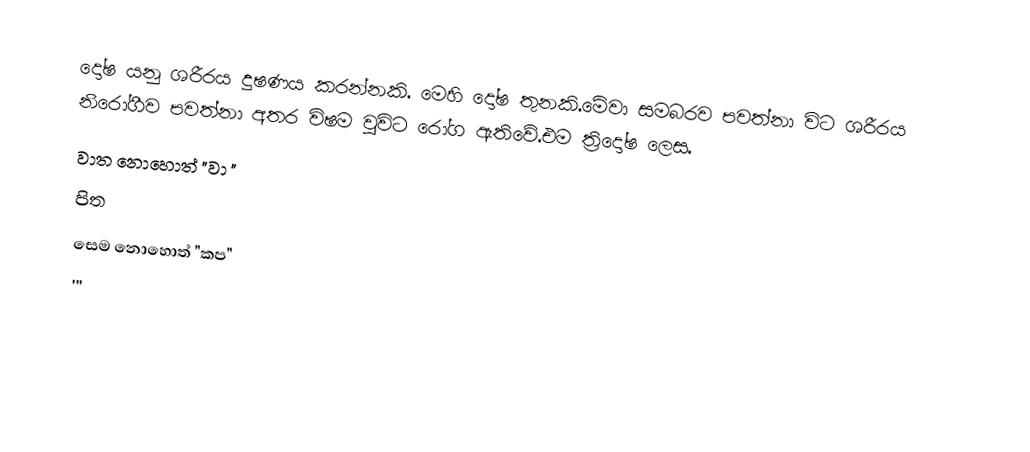
දෝෂ යනු ශරීරය දුෂණය කරන්නකි. මෙහි දෝෂ තුනකි.මේවා සමබරව පවත්නා විට ශරීරය නිරෝගීව පවත්නා අතර විෂම වුවිට රෝග ඇතිවේ.එම ත්‍රිදෝෂ ලෙස.
 වාත නොහොත් "වා "
 පිත
 සෙම නොහොත් "කප"
'''